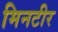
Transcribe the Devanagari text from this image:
मिनटीर